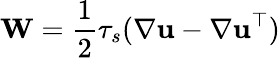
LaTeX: \mathbf{W}=\frac{1}{2}\tau_{s}(\nabla\mathbf{u}-\nabla\mathbf{u}^{\top})